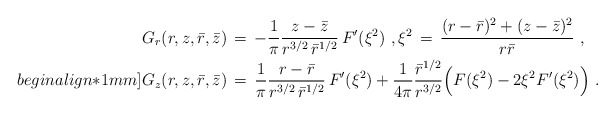
\begin{align*} G_r(r,z,\bar r,\bar z) \,&=\, -\frac{1}{\pi}\frac{z-\bar z}{r^{3/2} \,\bar r^{1/2}}\,F'(\xi^2)~, \xi^2 \,=\, \frac{(r-\bar r)^2 + (z-\bar z)^2}{r\bar r}~, \\begin{align*}1mm] G_z(r,z,\bar r,\bar z) \,&=\, \frac{1}{\pi}\frac{r-\bar r}{r^{3/2} \,\bar r^{1/2}} \,F'(\xi^2) + \frac{1}{4\pi}\frac{\bar r^{1/2}}{r^{3/2}} \Bigl(F(\xi^2) - 2\xi^2 F'(\xi^2)\Bigr)~.\end{align*}